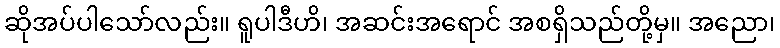
ဆိုအပ်ပါသော်လည်း။ ရူပါဒီဟိ၊ အဆင်းအရောင် အစရှိသည်တို့မှ။ အညော၊